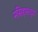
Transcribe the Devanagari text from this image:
मसिहासदृश